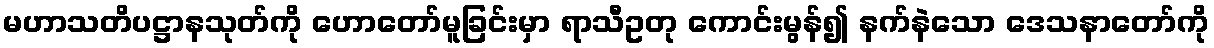
မဟာသတိပဋ္ဌာနသုတ်ကို ဟောတော်မူခြင်းမှာ ရာသီဥတု ကောင်းမွန်၍ နက်နဲသော ဒေသနာတော်ကို